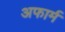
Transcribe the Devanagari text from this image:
अफार्म